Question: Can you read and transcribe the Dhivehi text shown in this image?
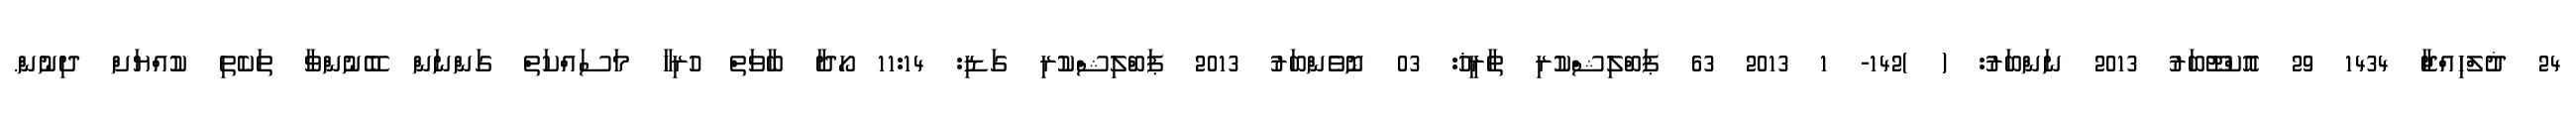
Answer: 24 ޛުލްޙިއްޖާ 1434 29 އޮކްޓޫބަރު 2013 ނަންބަރު: ( )142- 1 2013 63 ޕަބްލިޝްކުރި ތާރީޚު: 03 ނޮވެންބަރު 2013 ޕަބްލިޝްކުރި ގަޑި: 11:14 ހޯދާ ބާވަތް ހުރިހާ މަސައްކަތް ގަންނަން ބޭނުންވާ ތަކެތި ކުއްޔަށް ދިނުން.